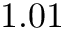
1 . 0 1